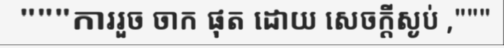
"""ការរួច ចាក ផុត ដោយ សេចក្តីស្ងប់ ,"""